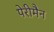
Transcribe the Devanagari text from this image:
पेरीमैन